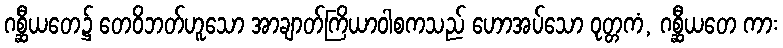
ဂစ္ဆီယတေ၌ တေဝိဘတ်ဟူသော အာချာတ်ကြိယာဝါစကသည် ဟောအပ်သော ဝုတ္တကံ, ဂစ္ဆီယတေ ကား